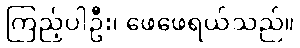
ကြည့်ပါဦး၊ ဖေဖေရယ်သည်။